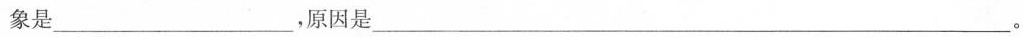
象是__________________，原因是________。